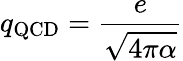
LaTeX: q_{\mathrm{QCD}}={\frac{e}{\sqrt{4\pi\alpha}}}